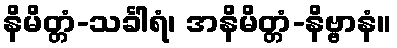
နိမိတ္တံ-သင်္ခါရံ၊ အနိမိတ္တံ-နိဗ္ဗာနံ။